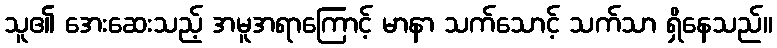
သူ၏ အေးဆေးသည့် အမူအရာကြောင့် မာနာ သက်သောင့် သက်သာ ရှိနေသည်။